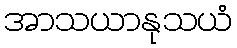
အာသယာနုသယံ